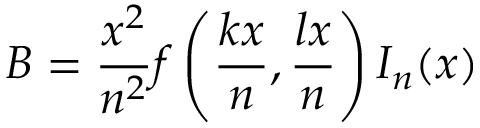
B = \frac { x ^ { 2 } } { n ^ { 2 } } f \left( \frac { k x } { n } , \frac { l x } { n } \right) I _ { n } ( x )